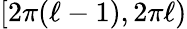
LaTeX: [2\pi(\ell-1),2\pi\ell)